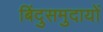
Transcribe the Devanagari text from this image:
बिंदुसमुदायों